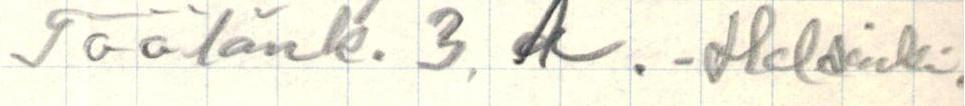
Töölönk. 3. A. - Helsinki.